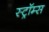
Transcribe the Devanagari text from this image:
स्ट्रॉम्स